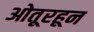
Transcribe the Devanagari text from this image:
ओतूरहून